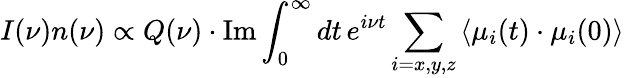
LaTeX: I(\nu)n(\nu)\propto Q(\nu)\cdot\mathrm{Im}\int_{0}^{\infty}dt\, e^{i\nu t}\sum_{i=x,y,z}\left\langle{\mu}_{i}(t)\cdot{{\mu}_{i}}(0)\right\rangle